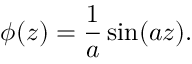
\phi ( z ) = \frac { 1 } { a } \sin ( a z ) .